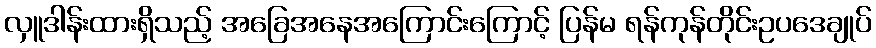
လှူဒါန်းထားရှိသည့် အခြေအနေအကြောင်းကြောင့် ပြန်မ ရန်ကုန်တိုင်းဥပဒေချုပ်